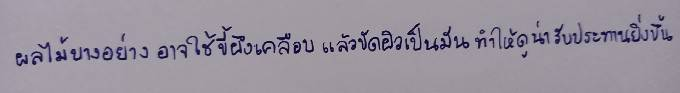
ผลไม้บางอย่างอาจใช้ขี้ผึ้งเคลือบแล้วขัดผิวเป็นมันทำให้ดูน่ารับประทานยิ่งขึ้น